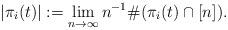
LaTeX: \begin{align*}|\pi_i(t)| := \lim_{n \to \infty} n^{-1} \#(\pi_i(t)\cap [n]). \end{align*}